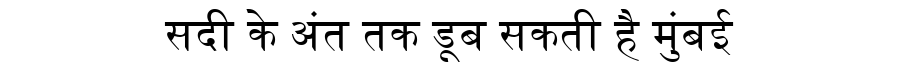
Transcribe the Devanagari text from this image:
सदी के अंत तक डूब सकती है मुंबई